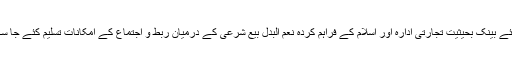
اس کے لئے بینک بحیثیت تجارتی ادارہ اور اسلام کے فراہم کردہ نعم البدل بیع شرعی کے درمیان ربط و اجتماع کے امکانات تسلیم کئے جا سکتے ہیں۔